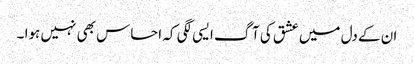
ان کے دل میں عشق کی آگ ایسی لگی کہ احساس بھی نہیں ہوا ۔